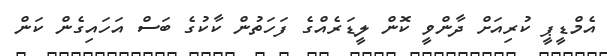
އެމްޑީޕީ ކުރިއަށް ދާންވީ ކޮން ލީޑަރެއްގެ ފަހަތުން ކާކުގެ ބަސް އަހައިގެން ކަން